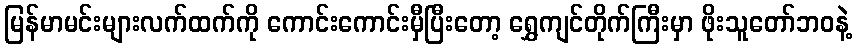
မြန်မာမင်းများလက်ထက်ကို ကောင်းကောင်းမှီပြီးတော့ ရွှေကျင်တိုက်ကြီးမှာ ဖိုးသူတော်ဘဝနဲ့